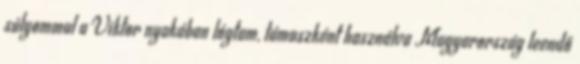
súlyommal a Viktor nyakában lóg­tam, támaszként használva Magyarország leendő